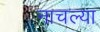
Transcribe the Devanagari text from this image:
नाचल्या